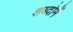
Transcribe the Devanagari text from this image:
शब्दोमें